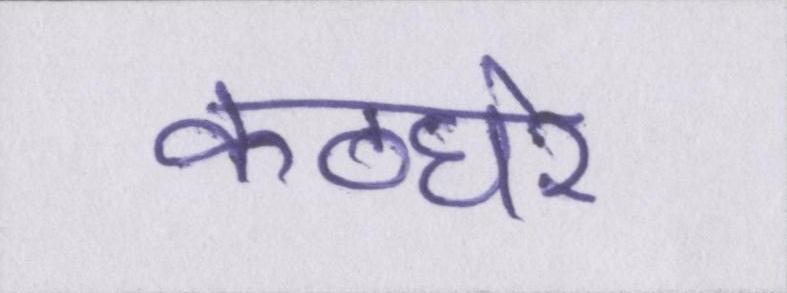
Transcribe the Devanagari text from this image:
कठघरे